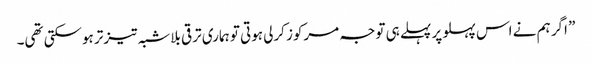
” اگر ہم نے اس پہلو پر پہلے ہی توجہ مرکوز کرلی ہوتی تو ہماری ترقی بلاشبہ تیزتر ہوسکتی تھی۔